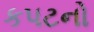
કપટનો